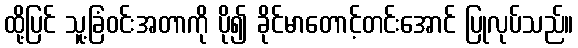
ထို့ပြင် သူ့ခြံဝင်းအတာကို ပို၍ ခိုင်မာတောင့်တင်းအောင် ပြုလုပ်သည်။